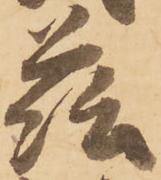
茲